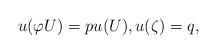
LaTeX: \begin{align*}u(\varphi U)=pu(U),u(\zeta )=q, \end{align*}